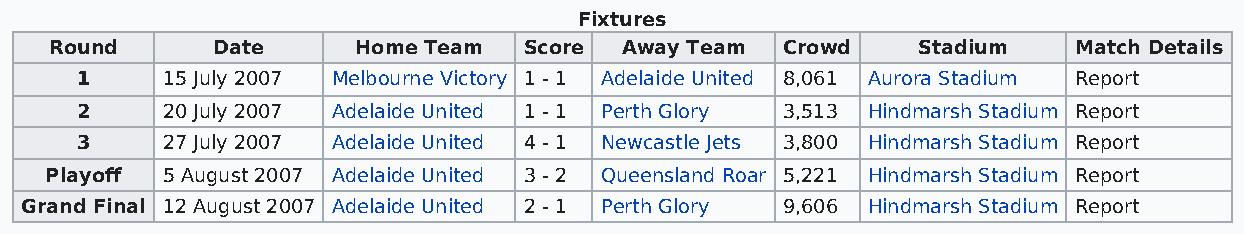
Fixtures
 Round      Date      Home Team  Score Away Team  Crowd    Stadium   Match Details
 1     15 July 2007 Melbourne Victory 1 - 1 Adelaide United 8,061 Aurora Stadium Report
 2     20 July 2007 Adelaide United 1 - 1 Perth Glory 3,513 Hindmarsh Stadium Report
 3     27 July 2007 Adelaide United 4 - 1 Newcastle Jets 3,800 Hindmarsh Stadium Report
 Playoff 5 August 2007 Adelaide United 3 - 2 Queensland Roar 5,221 Hindmarsh Stadium Report
 Grand Final 12 August 2007 Adelaide United 2 - 1 Perth Glory 9,606 Hindmarsh Stadium Report